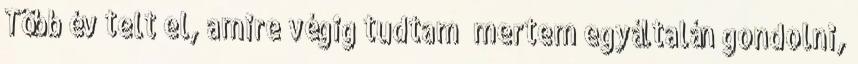
Több év telt el, amire végig tudtam mertem egyáltalán gondolni,